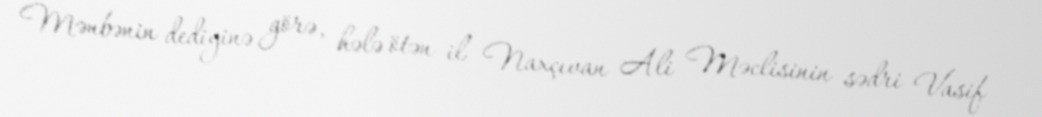
Mənbənin dediyinə görə, hələ ötən il Naxçıvan Ali Məclisinin sədri Vasif